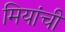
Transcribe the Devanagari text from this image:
मियांची